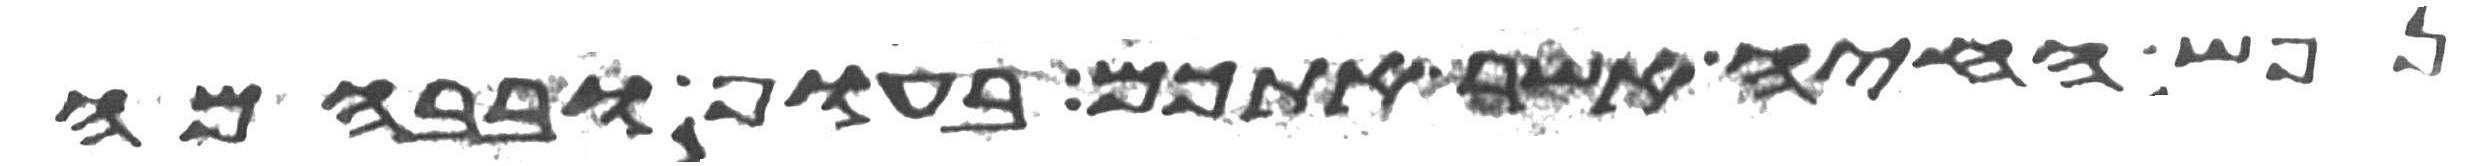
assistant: נפש החיה אשר אתכם בעוף ובבהמה